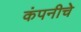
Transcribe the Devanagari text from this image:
कंपनीचेे